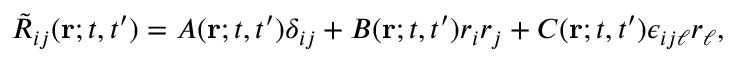
\tilde { R } _ { i j } ( { \bf { r } } ; t , t ^ { \prime } ) = A ( { \bf { r } } ; t , t ^ { \prime } ) \delta _ { i j } + B ( { \bf { r } } ; t , t ^ { \prime } ) r _ { i } r _ { j } + C ( { \bf { r } } ; t , t ^ { \prime } ) \epsilon _ { i j \ell } r _ { \ell } ,